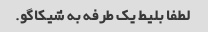
لطفا بلیط یک طرفه به شیکاگو.